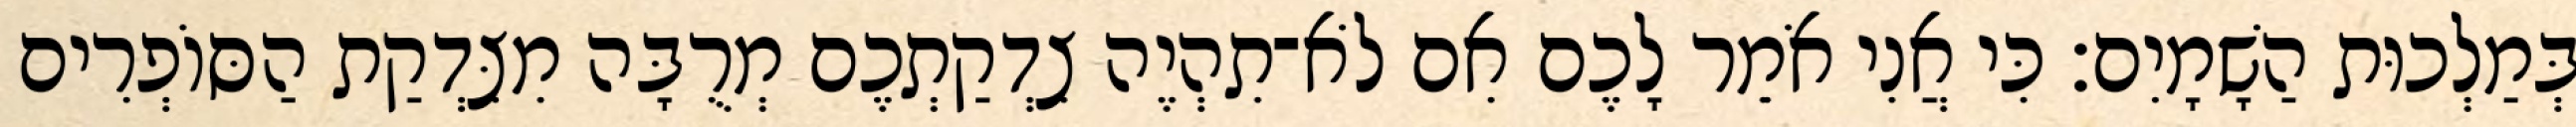
בְּמַלְכוּת הַשָׁמָיִם׃ כִּי אֲנִי אֹמֵר לָכֶם אִם לֹא־תִהְיֶה צִדְקַתְכֶם מְרֻבָּה מִצִּדְקַת הַסּוֹפְרִים